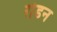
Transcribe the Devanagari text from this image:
रोडन